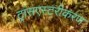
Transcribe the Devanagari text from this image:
ट्रांसएस्टरीकरण